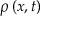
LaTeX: \rho \left( x , t \right)